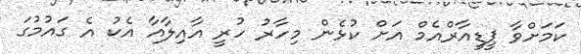
ކަމަށްވާ ޕީޑީއާރްއެމް އަށް ކުޅެން މިހާރު ހުރީ އާއިލާއާ އެކު އެ ގައުމުގަ